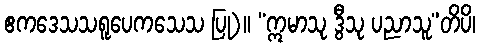
ဧကဒေသသရူပေကသေသ ပြု)။ “ဣမာသု ဒွီသု ပညာသူ”တိပိ၊